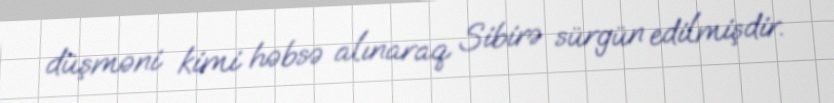
düşməni kimi həbsə alınaraq Sibirə sürgün edilmişdir.